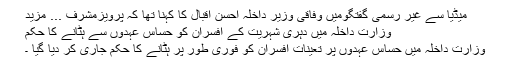
میڈیا سے غیر رسمی گفتگومیں وفاقی وزیر داخلہ احسن اقبال کا کہنا تھا کہ پرویزمشرف ... مزید
وزارتِ داخلہ میں دہری شہریت کے افسران کو حساس عہدوں سے ہٹانے کا حکم
وزارتِ داخلہ میں حساس عہدوں پر تعینات افسران کو فوری طور پر ہٹانے کا حکم جاری کر دیا گیا ۔